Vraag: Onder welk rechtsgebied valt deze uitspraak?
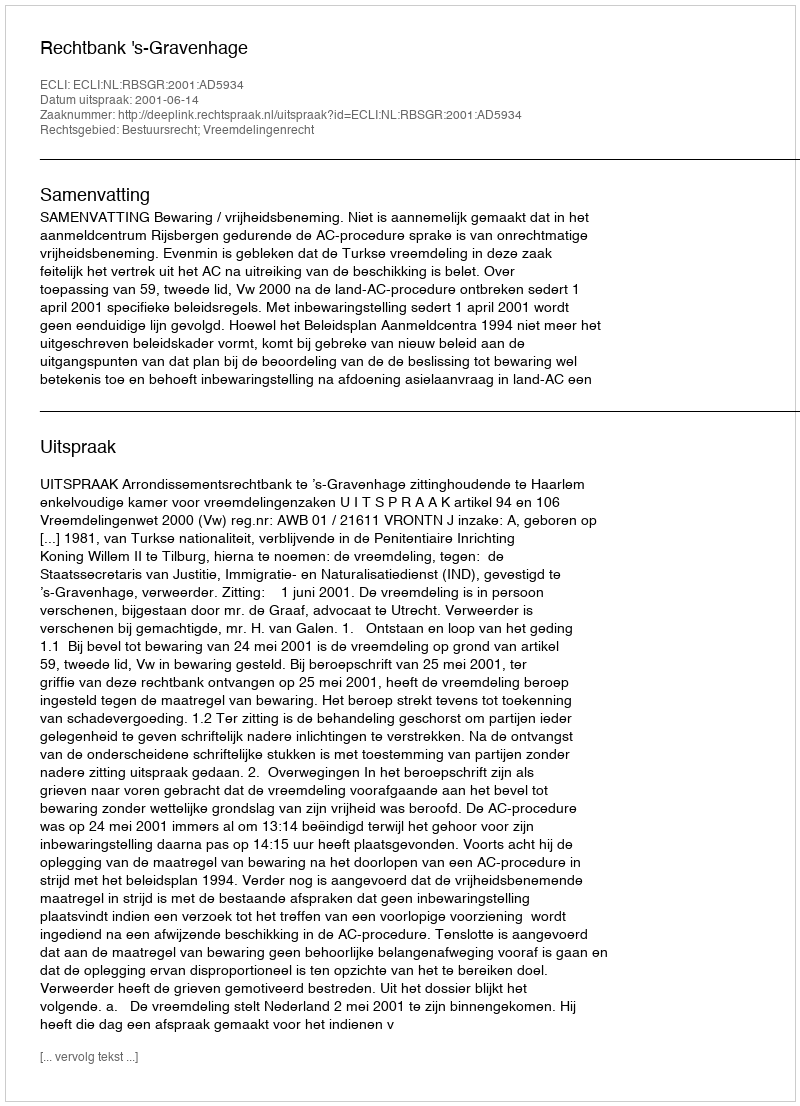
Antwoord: Bestuursrecht; Vreemdelingenrecht